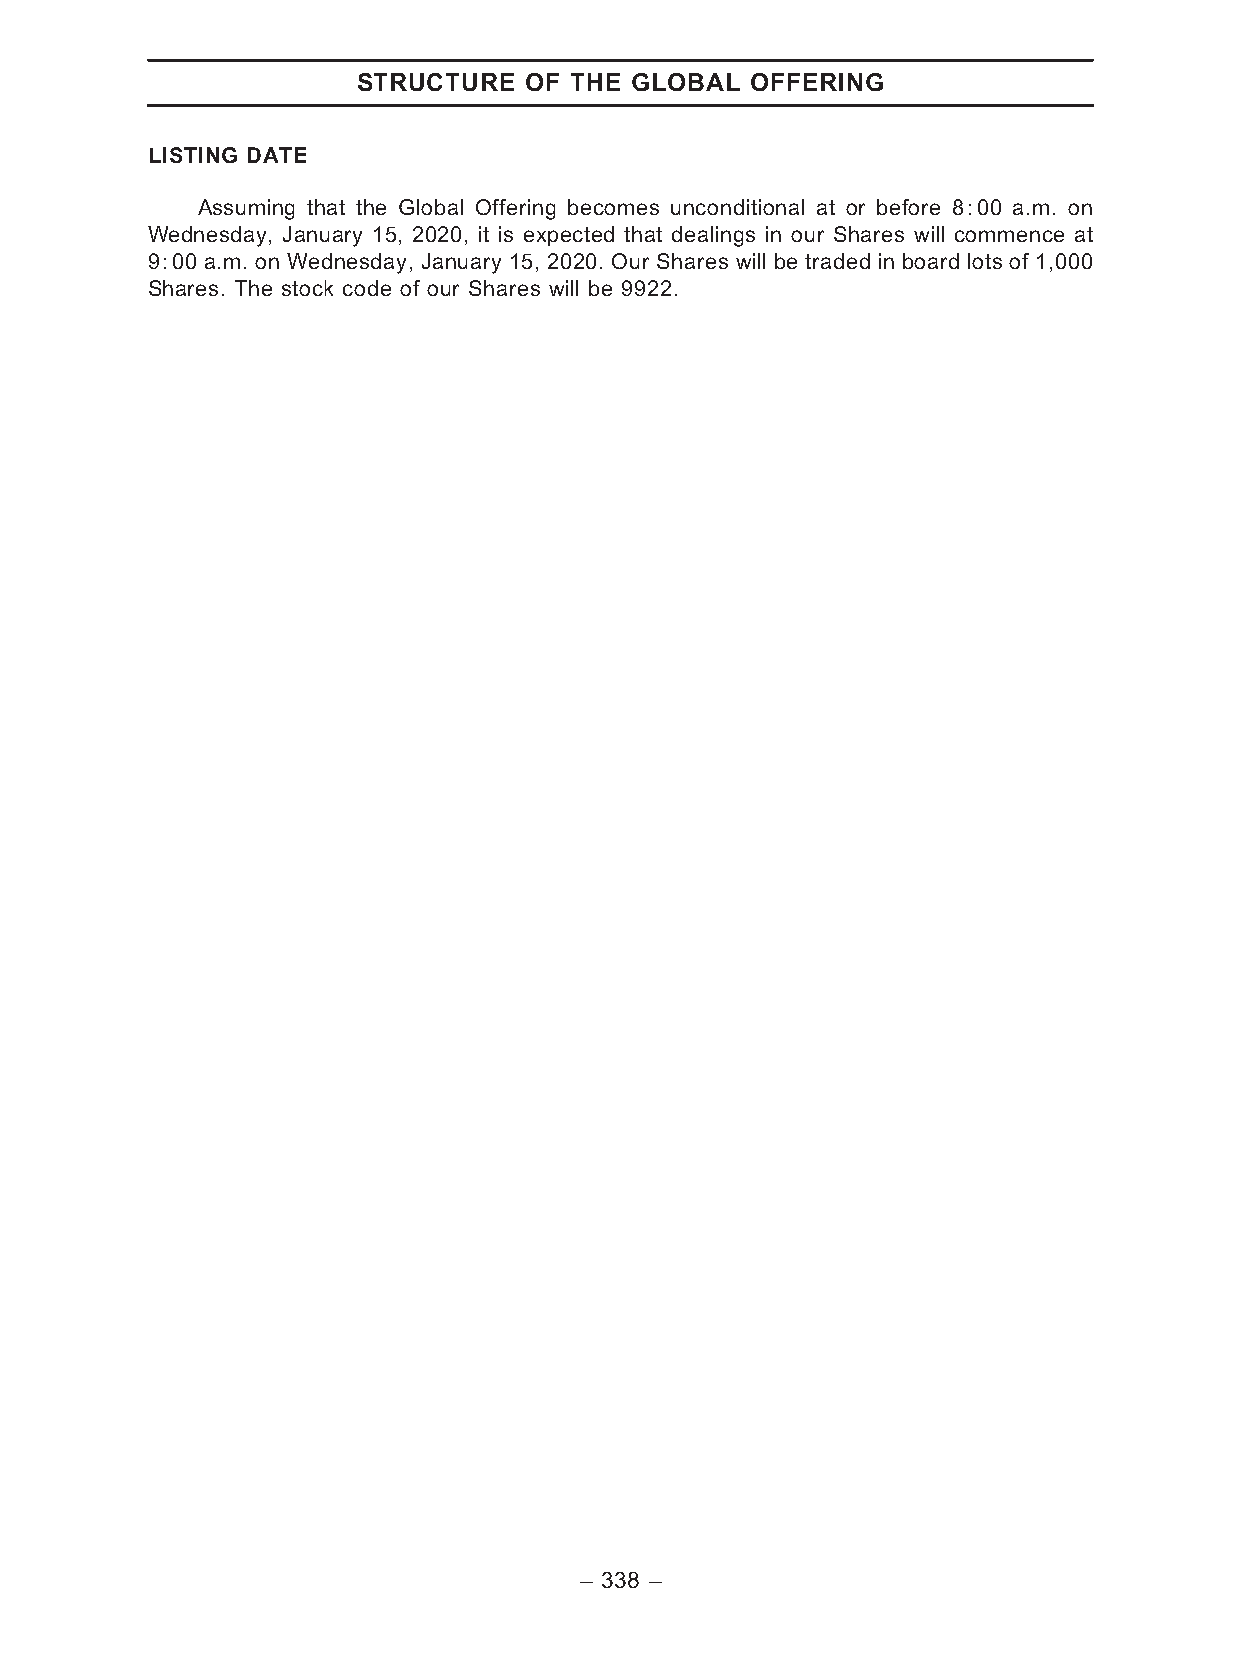
STRUCTURE  OF THE GLOBAL  OFFERING
 LISTING DATE
 Assuming that the Global Offering becomes unconditional at or before 8:00 a.m. on
 Wednesday, January 15, 2020, it is expected that dealings in our Shares will commence at
 9:00 a.m. on Wednesday, January 15, 2020. Our Shares will be traded in board lots of 1,000
 Shares. The stock code of our Shares will be 9922.
 – 338 –